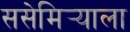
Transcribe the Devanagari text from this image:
ससेमिर्‍याला